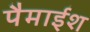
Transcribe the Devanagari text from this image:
पैमाईश